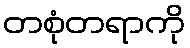
တစုံတရာကို